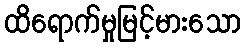
ထိရောက်မှုမြင့်မားသော